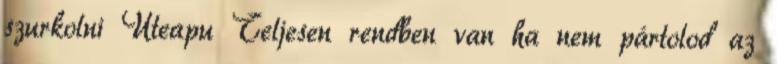
szurkolni Uteapu Teljesen rendben van ha nem pártolod az